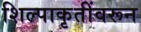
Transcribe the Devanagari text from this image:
शिल्पाकृतींवरून